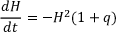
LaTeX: { \frac { d H } { d t } } = - H ^ { 2 } ( 1 + q )